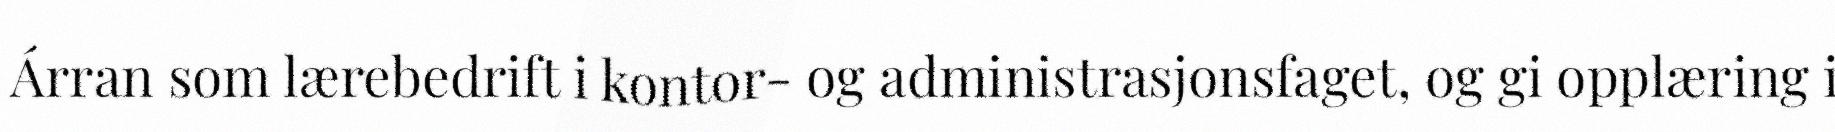
Árran som lærebedrift i kontor- og administrasjonsfaget, og gi opplæring i